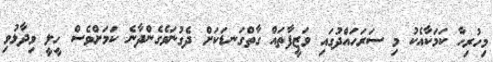
މިހުރިހާ ކަމަކާއެކު މި ސަރަހައްދުގައި ވަޒީފާތައް ގާތްގަނޑަކަށް ދެގުނަވެގެންދާނެ ކަމަށްވެސް ހީލީ ވިދާޅުވި